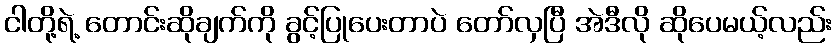
ငါတို့ရဲ့ တောင်းဆိုချက်ကို ခွင့်ပြုပေးတာပဲ တော်လှပြီ အဲဒီလို ဆိုပေမယ့်လည်း